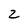
Character: 2